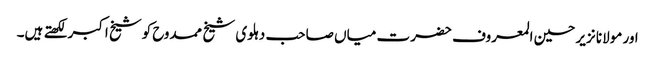
اور مولانا نزیر حسین المعروف حضرت میاں صاحب دہلوی شیخ ممدوح کوشیخ اکبر لکھتے ہیں۔